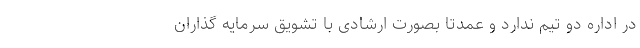
در اداره دو تیم ندارد و عمدتا بصورت ارشادی با تشویق سرمایه گذاران